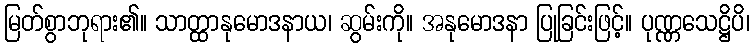
မြတ်စွာဘုရား၏။ သာတ္ထာနုမောဒနာယ၊ ဆွမ်းကို။ အနုမောဒနာ ပြုခြင်းဖြင့်။ ပုဏ္ဏသေဋ္ဌိပိ၊